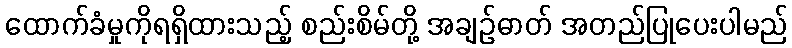
ထောက်ခံမှုကိုရရှိထားသည့် စည်းစိမ်တို့ အချဉ်ဓာတ် အတည်ပြုပေးပါမည်